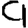
Digit: 9